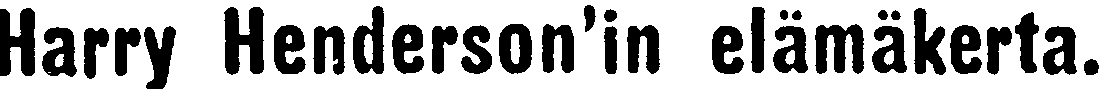
Harry Henderson'in elämäkerta.